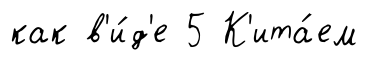
как в'и́д'е 5 К'ита́ем